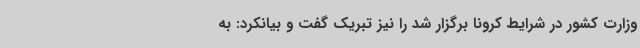
وزارت کشور در شرایط کرونا برگزار شد را نیز تبریک گفت و بیانکرد: به